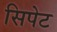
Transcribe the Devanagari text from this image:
सिपेट